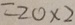
= 2 0 \times 2